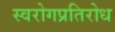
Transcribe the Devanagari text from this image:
स्वरोगप्रतिरोध